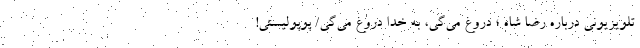
تلویزیونی درباره رضا شاه ؛ دروغ می‌گی، به خدا دروغ می‌گی/ پوپولیستی!